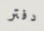
دفتر